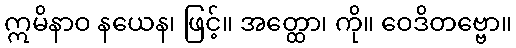
ဣမိနာဝ နယေန၊ ဖြင့်။ အတ္ထော၊ ကို။ ဝေဒိတဗ္ဗော။